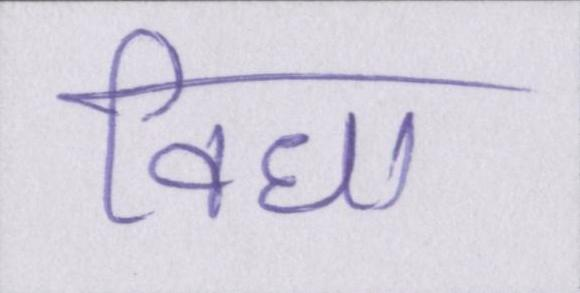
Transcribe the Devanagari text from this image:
विधा